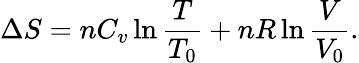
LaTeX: \Delta S=nC_{v}\ln{\frac{T}{T_{0}}}+nR\ln{\frac{V}{V_{0}}}.